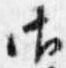
御